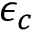
\epsilon _ { c }